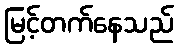
မြင့်တက်နေသည်